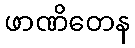
ဖာဏိတေန